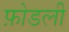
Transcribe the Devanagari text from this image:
फ़ोडली